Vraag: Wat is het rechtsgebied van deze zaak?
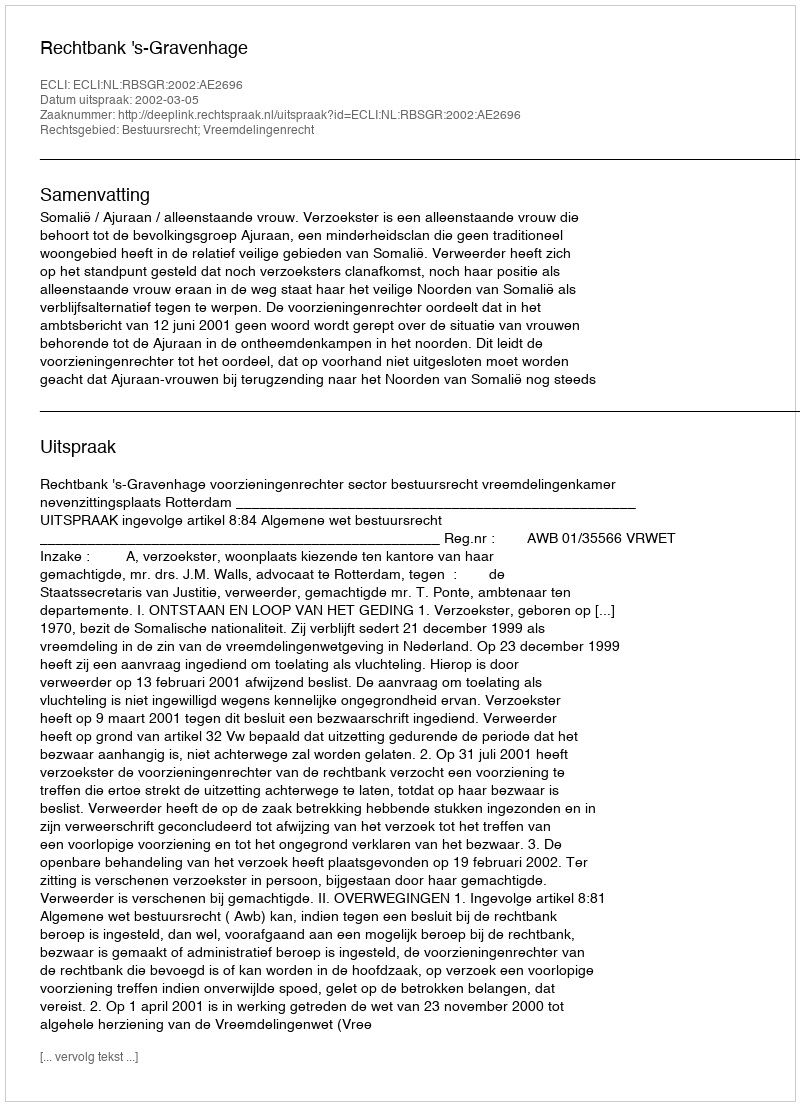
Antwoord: Bestuursrecht; Vreemdelingenrecht